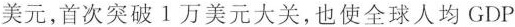
美元，首次突破1万美元大关，也使全球人均GDP